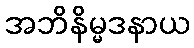
အဘိနိမ္မဒနာယ